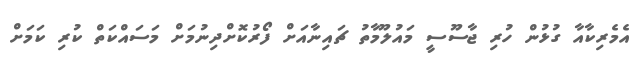
އެމެރިކާއާ ގުޅުން ހުރި ޖާސޫސީ މައުލޫމާތު ޗައިނާއަށް ފޯރުކޮށްދިނުމަށް މަސައްކަތް ކުރި ކަމަށް